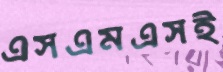
এসএমএসই